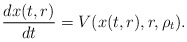
\begin{align*}\frac{d x(t,r)}{dt}=V(x(t,r),r,\rho_t).\end{align*}